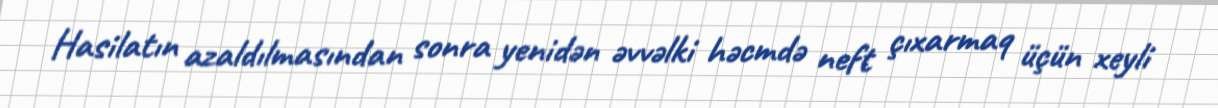
Hasilatın azaldılmasından sonra yenidən əvvəlki həcmdə neft çıxarmaq üçün xeyli